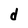
Character: d